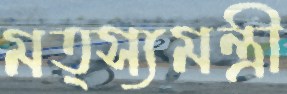
মত্স্যমন্ত্রী